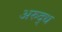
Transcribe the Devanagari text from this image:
अरुद्ध